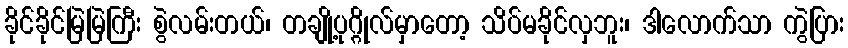
ခိုင်ခိုင်မြဲမြဲကြီး စွဲလမ်းတယ်၊ တချို့ပုဂ္ဂိုလ်မှာတော့ သိပ်မခိုင်လှဘူး၊ ဒါလောက်သာ ကွဲပြား